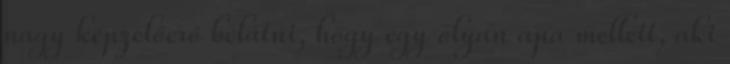
nagy képzelőerő belátni, hogy egy olyan apa mellett, aki